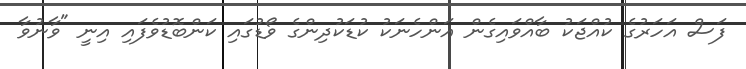
ފަސް އަހަރުގެ ކުއްޖަކު ބާއްވައިގެން އަންހެނަކު ކުޑަކުދިންގެ ވޯޑުގައި ކަންބޮޑުވެފައި އިނީ "ވާނުވާ